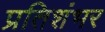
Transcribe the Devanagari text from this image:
प्रतिशंभर